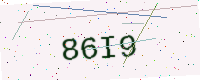
Text: 86I9